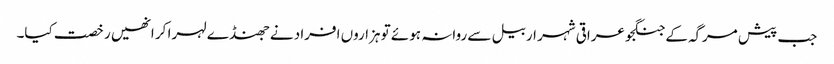
جب پیش مرگہ کے جنگجو عراقی شہر اربیل سے روانہ ہوئے تو ہزاروں افراد نے جھنڈے لہرا کر انھیں رخصت کیا۔